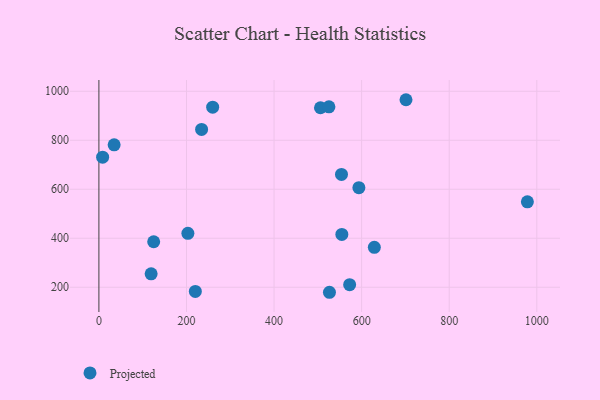
{"axis": {"x": "Study Hours", "y": "Exam Score"}, "legend": ["Projected"], "data": [{"x": "629.0", "y": 363.0, "type": "Projected"}, {"x": "572.6", "y": 210.5, "type": "Projected"}, {"x": "526.5", "y": 179.5, "type": "Projected"}, {"x": "554.8", "y": 415.7, "type": "Projected"}, {"x": "506.0", "y": 932.7, "type": "Projected"}, {"x": "8.5", "y": 730.8, "type": "Projected"}, {"x": "554.0", "y": 660.4, "type": "Projected"}, {"x": "203.2", "y": 420.3, "type": "Projected"}, {"x": "125.1", "y": 385.7, "type": "Projected"}, {"x": "259.8", "y": 935.1, "type": "Projected"}, {"x": "119.3", "y": 255.0, "type": "Projected"}, {"x": "234.5", "y": 844.1, "type": "Projected"}, {"x": "978.5", "y": 548.7, "type": "Projected"}, {"x": "34.8", "y": 781.4, "type": "Projected"}, {"x": "701.3", "y": 965.5, "type": "Projected"}, {"x": "220.2", "y": 182.9, "type": "Projected"}, {"x": "525.3", "y": 936.5, "type": "Projected"}, {"x": "593.7", "y": 606.6, "type": "Projected"}]}